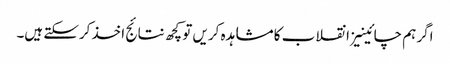
اگر ہم چائینیز انقلاب کا مشاہدہ کریں تو کچھ نتائج اخذ کرسکتے ہیں۔